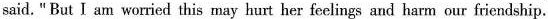
said. "But I am worried this may hurt her feelings and harm our friendship.